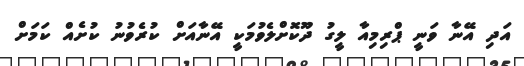
އަދި އޭނާ ވަނީ ޕްރިމިއާ ލީގު ދޫކޮށްލެވުމަކީ އޭނާއަށް ކުރެވުނު ކުށެއް ކަމަށް